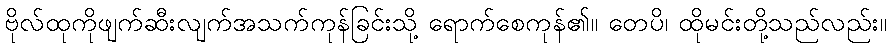
ဗိုလ်ထုကိုဖျက်ဆီးလျက်အသက်ကုန်ခြင်းသို့ ရောက်စေကုန်၏။ တေပိ၊ ထိုမင်းတို့သည်လည်း။